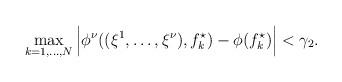
LaTeX: \begin{align*}\max_{k=1, \dots ,N} \Big|\phi^\nu((\xi^1,\dots , \xi^\nu), f_k^\star) - \phi(f_k^\star)\Big| < \gamma_2.\end{align*}